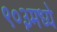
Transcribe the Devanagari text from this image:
९०३मध्ये